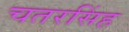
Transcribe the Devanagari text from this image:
चतरसिंह